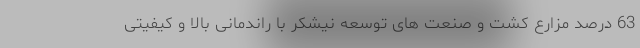
63 درصد مزارع کشت و صنعت های توسعه نیشکر با راندمانی بالا و کیفیتی